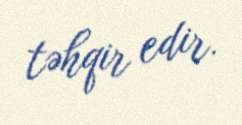
təhqir edir.